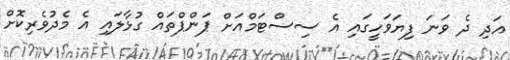
އަދި ދެ ވަނަ ފިޔަވަހީގައި އެ ސިސްޓަމްއަށް ޕަންޕްތައް ގުޅާލައި އެ މެދުވެރިކޮށް